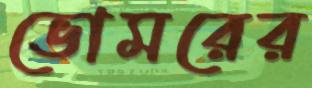
ভোমরের